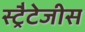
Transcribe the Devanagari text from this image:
स्ट्रैटेजीस